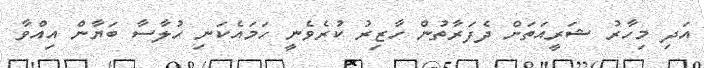
އަދި މިހާރު ޝަރީއަތަށް ދެފަރާތުން ހާޒިރު ކުރެވެނީ ހަމައެކަނި ހުލާސާ ބަޔާން އިއްވާ